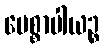
ပေစ္စာပါယဉ္စ